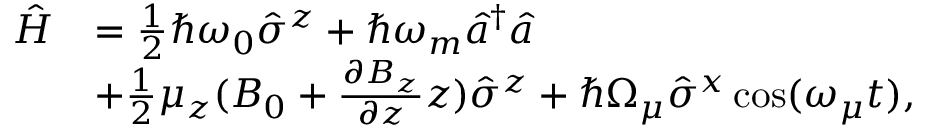
\begin{array} { r l } { \hat { H } } & { = \frac { 1 } { 2 } \hbar \omega _ { 0 } \hat { \sigma } ^ { z } + \hbar \omega _ { m } \hat { a } ^ { \dagger } \hat { a } } \\ & { + \frac { 1 } { 2 } \mu _ { z } ( B _ { 0 } + \frac { \partial B _ { z } } { \partial z } z ) \hat { \sigma } ^ { z } + \hbar \Omega _ { \mu } \hat { \sigma } ^ { x } \cos ( \omega _ { \mu } t ) , } \end{array}